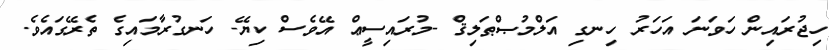
ހިޖުރައިން ހަވަނަ އަހަރު ހިނގި އަލްމުޞްޠަލިޤް -މުރައިސީޢް އޭވެސް ކިޔޭ- ހަނގުރާމައިގެ ތެރޭގައެވެ.